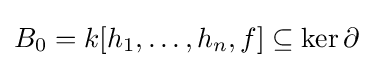
B_{0}=k[h_{1},\dots ,h_{n},f]\subseteq \ker \partial